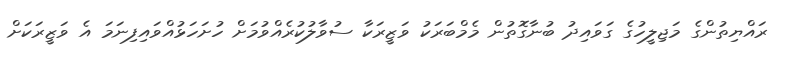
ރައްޔިތުންގެ މަޖިލީހުގެ ގަވައިދު ބުނާގޮތުން މެމްބަރަކު ވަޒީރަކާ ސުވާލުކުރެއްވުމަށް ހުށަހަޅުއްވައިފިނަމަ އެ ވަޒީރަކަށް